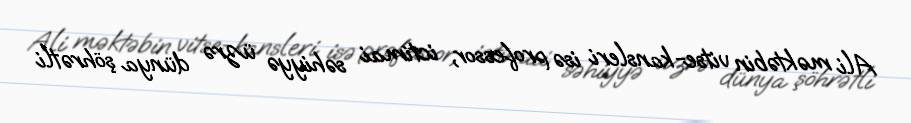
Ali məktəbin vitse-kansleri isə professor, ictimai səhiyyə üzrə dünya şöhrətli